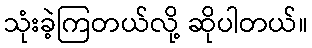
သုံးခဲ့ကြတယ်လို့ ဆိုပါတယ်။